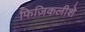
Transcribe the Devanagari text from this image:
फिज़िकलीशे